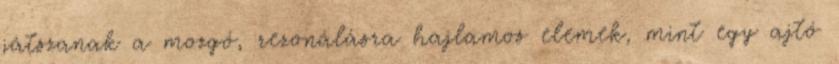
játszanak a mozgó, rezonálásra hajlamos elemek, mint egy ajtó